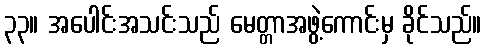
၃၃။ အပေါင်းအသင်းသည် မေတ္တာအဖွဲ့ကောင်းမှ ခိုင်သည်။